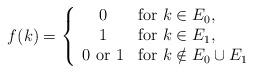
LaTeX: \begin{align*} f(k)=\left\{\begin{array}{cl} 0&\hbox{for }k\in E_0,\\ 1&\hbox{for }k\in E_1,\\ 0\hbox{ or }1&\hbox{for }k\notin E_0\cup E_1 \end{array}\right.\end{align*}